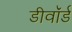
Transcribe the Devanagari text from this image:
डीवॉर्ड